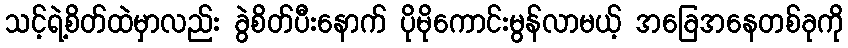
သင့်ရဲ့စိတ်ထဲမှာလည်း ခွဲစိတ်ပီးနောက် ပိုမိုကောင်းမွန်လာမယ့် အခြေအနေတစ်ခုကို